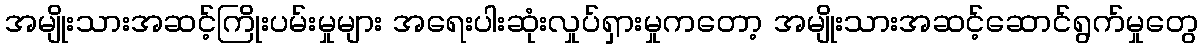
အမျိုးသားအဆင့်ကြိုးပမ်းမှုများ အရေးပါးဆုံးလှုပ်ရှားမှုကတော့ အမျိုးသားအဆင့်ဆောင်ရွက်မှုတွေ